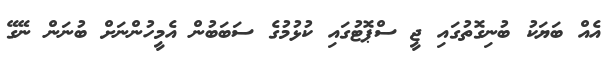
އެއް ބަޔަކު ބުނިގޮތުގައި ޖީ ސްޕޮޓުގައި ކުޅުމުގެ ސަބަބުން އެމީހުންނަށް ބުނަން ނޭގޭ